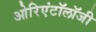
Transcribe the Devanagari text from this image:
ओरिएंटॉलॉजी